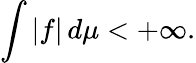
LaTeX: \int|f|\, d\mu<+\infty.